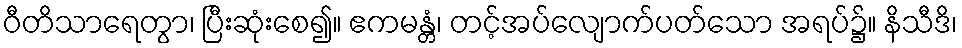
ဝီတိသာရေတွာ၊ ပြီးဆုံးစေ၍။ ဧကမန္တံ၊ တင့်အပ်လျောက်ပတ်သော အရပ်၌။ နိသီဒိ၊